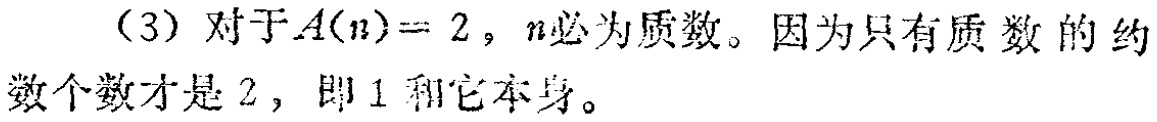
（3）对于\(A(n)=2\)，\(n\)必为质数。因为只有质数的约数个数才是\(2\)，即\(1\)和它本身。